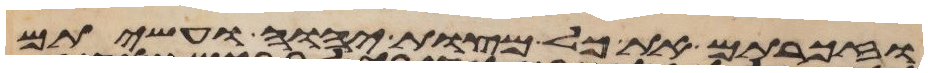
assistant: וזכרתם את כל מצות יהוה ועשיתם